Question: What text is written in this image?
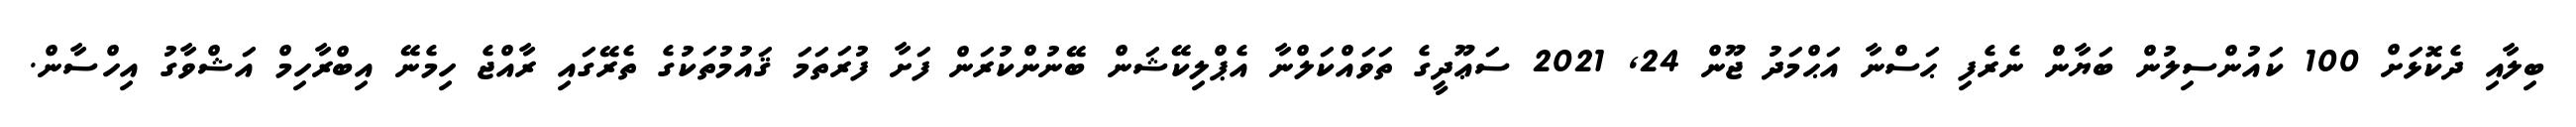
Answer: ބިލާއި ދެކޮޅަށް 100 ކައުންސިލުން ބަޔާން ނެރެފި ޙަސްނާ އަޙްމަދު ޖޫން 24, 2021 ސަޢޫދީގެ ތަވައްކަލްނާ އެޕްލިކޭޝަން ބޭނުންކުރަން ފަށާ ފުރަތަމަ ޤައުމުތަކުގެ ތެރޭގައި ރާއްޖެ ހިމެނޭ އިބްރާހިމް އަޝްވާގު އިހްސާން.